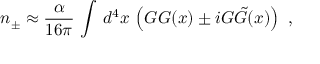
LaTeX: n _ { \pm } \approx \frac \alpha { 1 6 \pi } \, \int \, d ^ { 4 } x \, \left( G G ( x ) \pm i G \tilde { G } ( x ) \right) \, \, ,